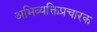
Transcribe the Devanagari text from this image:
अभिव्यक्तिप्रचारक